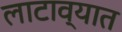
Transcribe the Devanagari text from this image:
लाटाव्यात